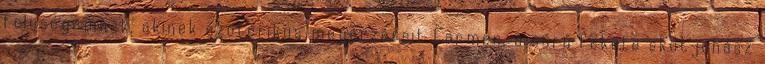
feleségemnek, akinek ezoterikus megér­zéseit Carmen, a sűrű fekete skótjuhász